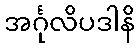
အင်္ဂုလိပဒါနိ